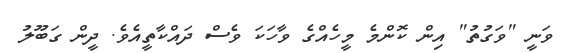
ވަނީ "ވަގުތު" އިން ކޮންމެ މީހެއްގެ ވާހަކަ ވެސް ދައްކާތީއެވެ. ދީން ގަބޫލު